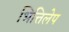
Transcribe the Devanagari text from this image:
भित्तिलेप